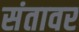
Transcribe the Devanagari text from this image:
संतावर